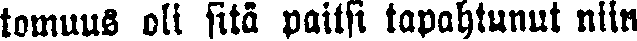
tomuus oli sitä paitsi tapahtunut niin